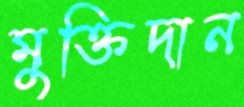
মুক্তিদান